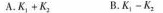
A.$$K _ { 1} + K _ { 2 }$$，B.$$K _ { 1 } - K _ { 2 }$$